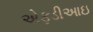
એફડીઆઇ